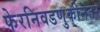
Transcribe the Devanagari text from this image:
फेरनिवडणुकीनंतर